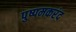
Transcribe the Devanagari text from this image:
पुष्पमकरंद